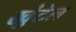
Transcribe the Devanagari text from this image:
खुंटेल